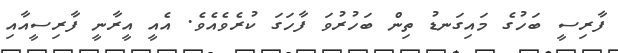
ފާރިސީ ބަހުގެ މައިގަނޑު ތިން ބަހުރުވަ ފާހަގަ ކުރެވެއެވެ. އެއީ އީރާނީ ފާރިސީއާއި